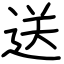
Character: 送